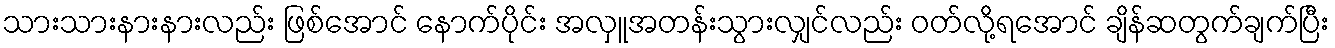
သားသားနားနားလည်း ဖြစ်အောင် နောက်ပိုင်း အလှူအတန်းသွားလျှင်လည်း ဝတ်လို့ရအောင် ချိန်ဆတွက်ချက်ပြီး